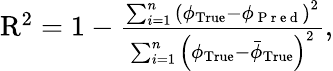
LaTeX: \begin{array}{r}{\mathrm{R}^{2}=1-\frac{\sum_{i=1}^{n}\left(\phi_{\mathrm{True}}-\phi_{\mathrm{~P~r~e~d~}}\right)^{2}}{\sum_{i=1}^{n}\left(\phi_{\mathrm{True}}-\bar{\phi}_{\mathrm{True}}\right)^{2}},}\end{array}